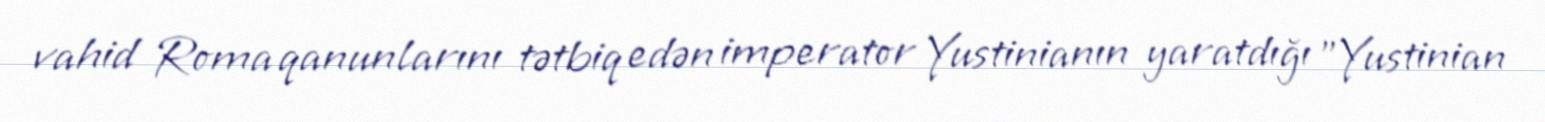
vahid Roma qanunlarını tətbiq edən imperator Yustinianın yaratdığı "Yustinian